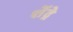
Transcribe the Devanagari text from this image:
शेंद्रे